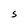
Character: S